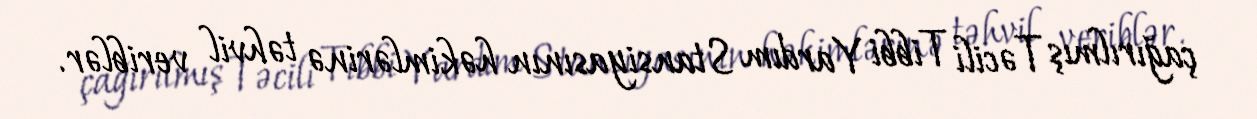
çağırılmış Təcili Tibbi Yardım Stansiyasının həkimlərinə təhvil veriblər.